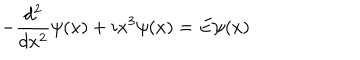
LaTeX: - \frac { d ^ { 2 } } { d x ^ { 2 } } \psi ( x ) + i x ^ { 3 } \psi ( x ) = E \psi ( x )